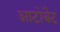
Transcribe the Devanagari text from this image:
आटोबैट